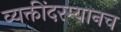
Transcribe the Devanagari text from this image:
व्यक्तींदरम्यानच